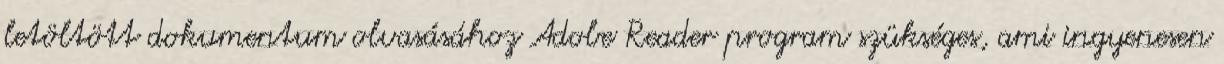
letöltött dokumentum olvasásához Adobe Reader program szükséges, ami ingyenesen